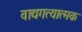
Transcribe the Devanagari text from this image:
वाद्यगत्यात्मक